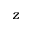
z